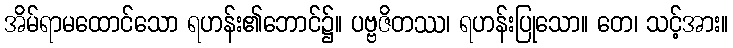
အိမ်ရာမထောင်သော ရဟန်း၏ဘောင်၌။ ပဗ္ဗဇိတဿ၊ ရဟန်းပြုသော။ တေ၊ သင့်အား။